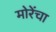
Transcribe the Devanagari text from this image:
मोरेंचा